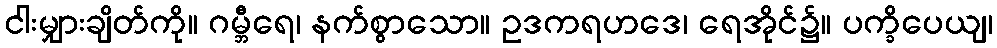
ငါးမျှားချိတ်ကို။ ဂမ္ဘီရေ၊ နက်စွာသော။ ဥဒကရဟဒေ၊ ရေအိုင်၌။ ပက္ခိပေယျ၊